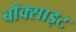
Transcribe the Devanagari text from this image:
बाँक्साइट